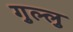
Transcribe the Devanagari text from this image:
गुल्लु